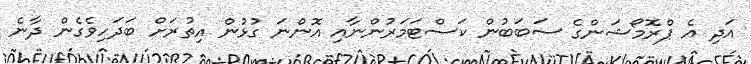
އަދި އެ ޕްރޮމޯޝަންގެ ސަބަބުން ކަސްޓަމަރުންނާއި އޮންނަ ގުޅުން އިތުރަށް ބަދަހިވެގެން ދާނެ